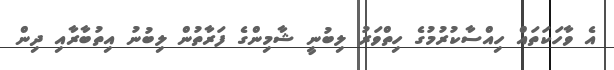
އެ ވާހަކަތައް ހިއްސާކުރުމުގެ ހިތްވަރު ލިބުނީ ޝާމިންގެ ފަރާތުން ލިބުނު އިތުބާރާއި ދިން